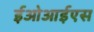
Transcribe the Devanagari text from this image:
ईओआईएस